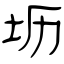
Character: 坜